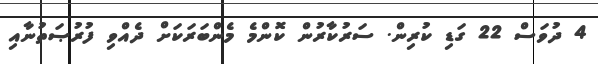
4 ދުވަސް 22 ގަޑި ކުރިން. ސަރުކާރުން ކޮންމެ މެންބަރަކަށް ދެއްވި ފުރުޞަތުނާއި